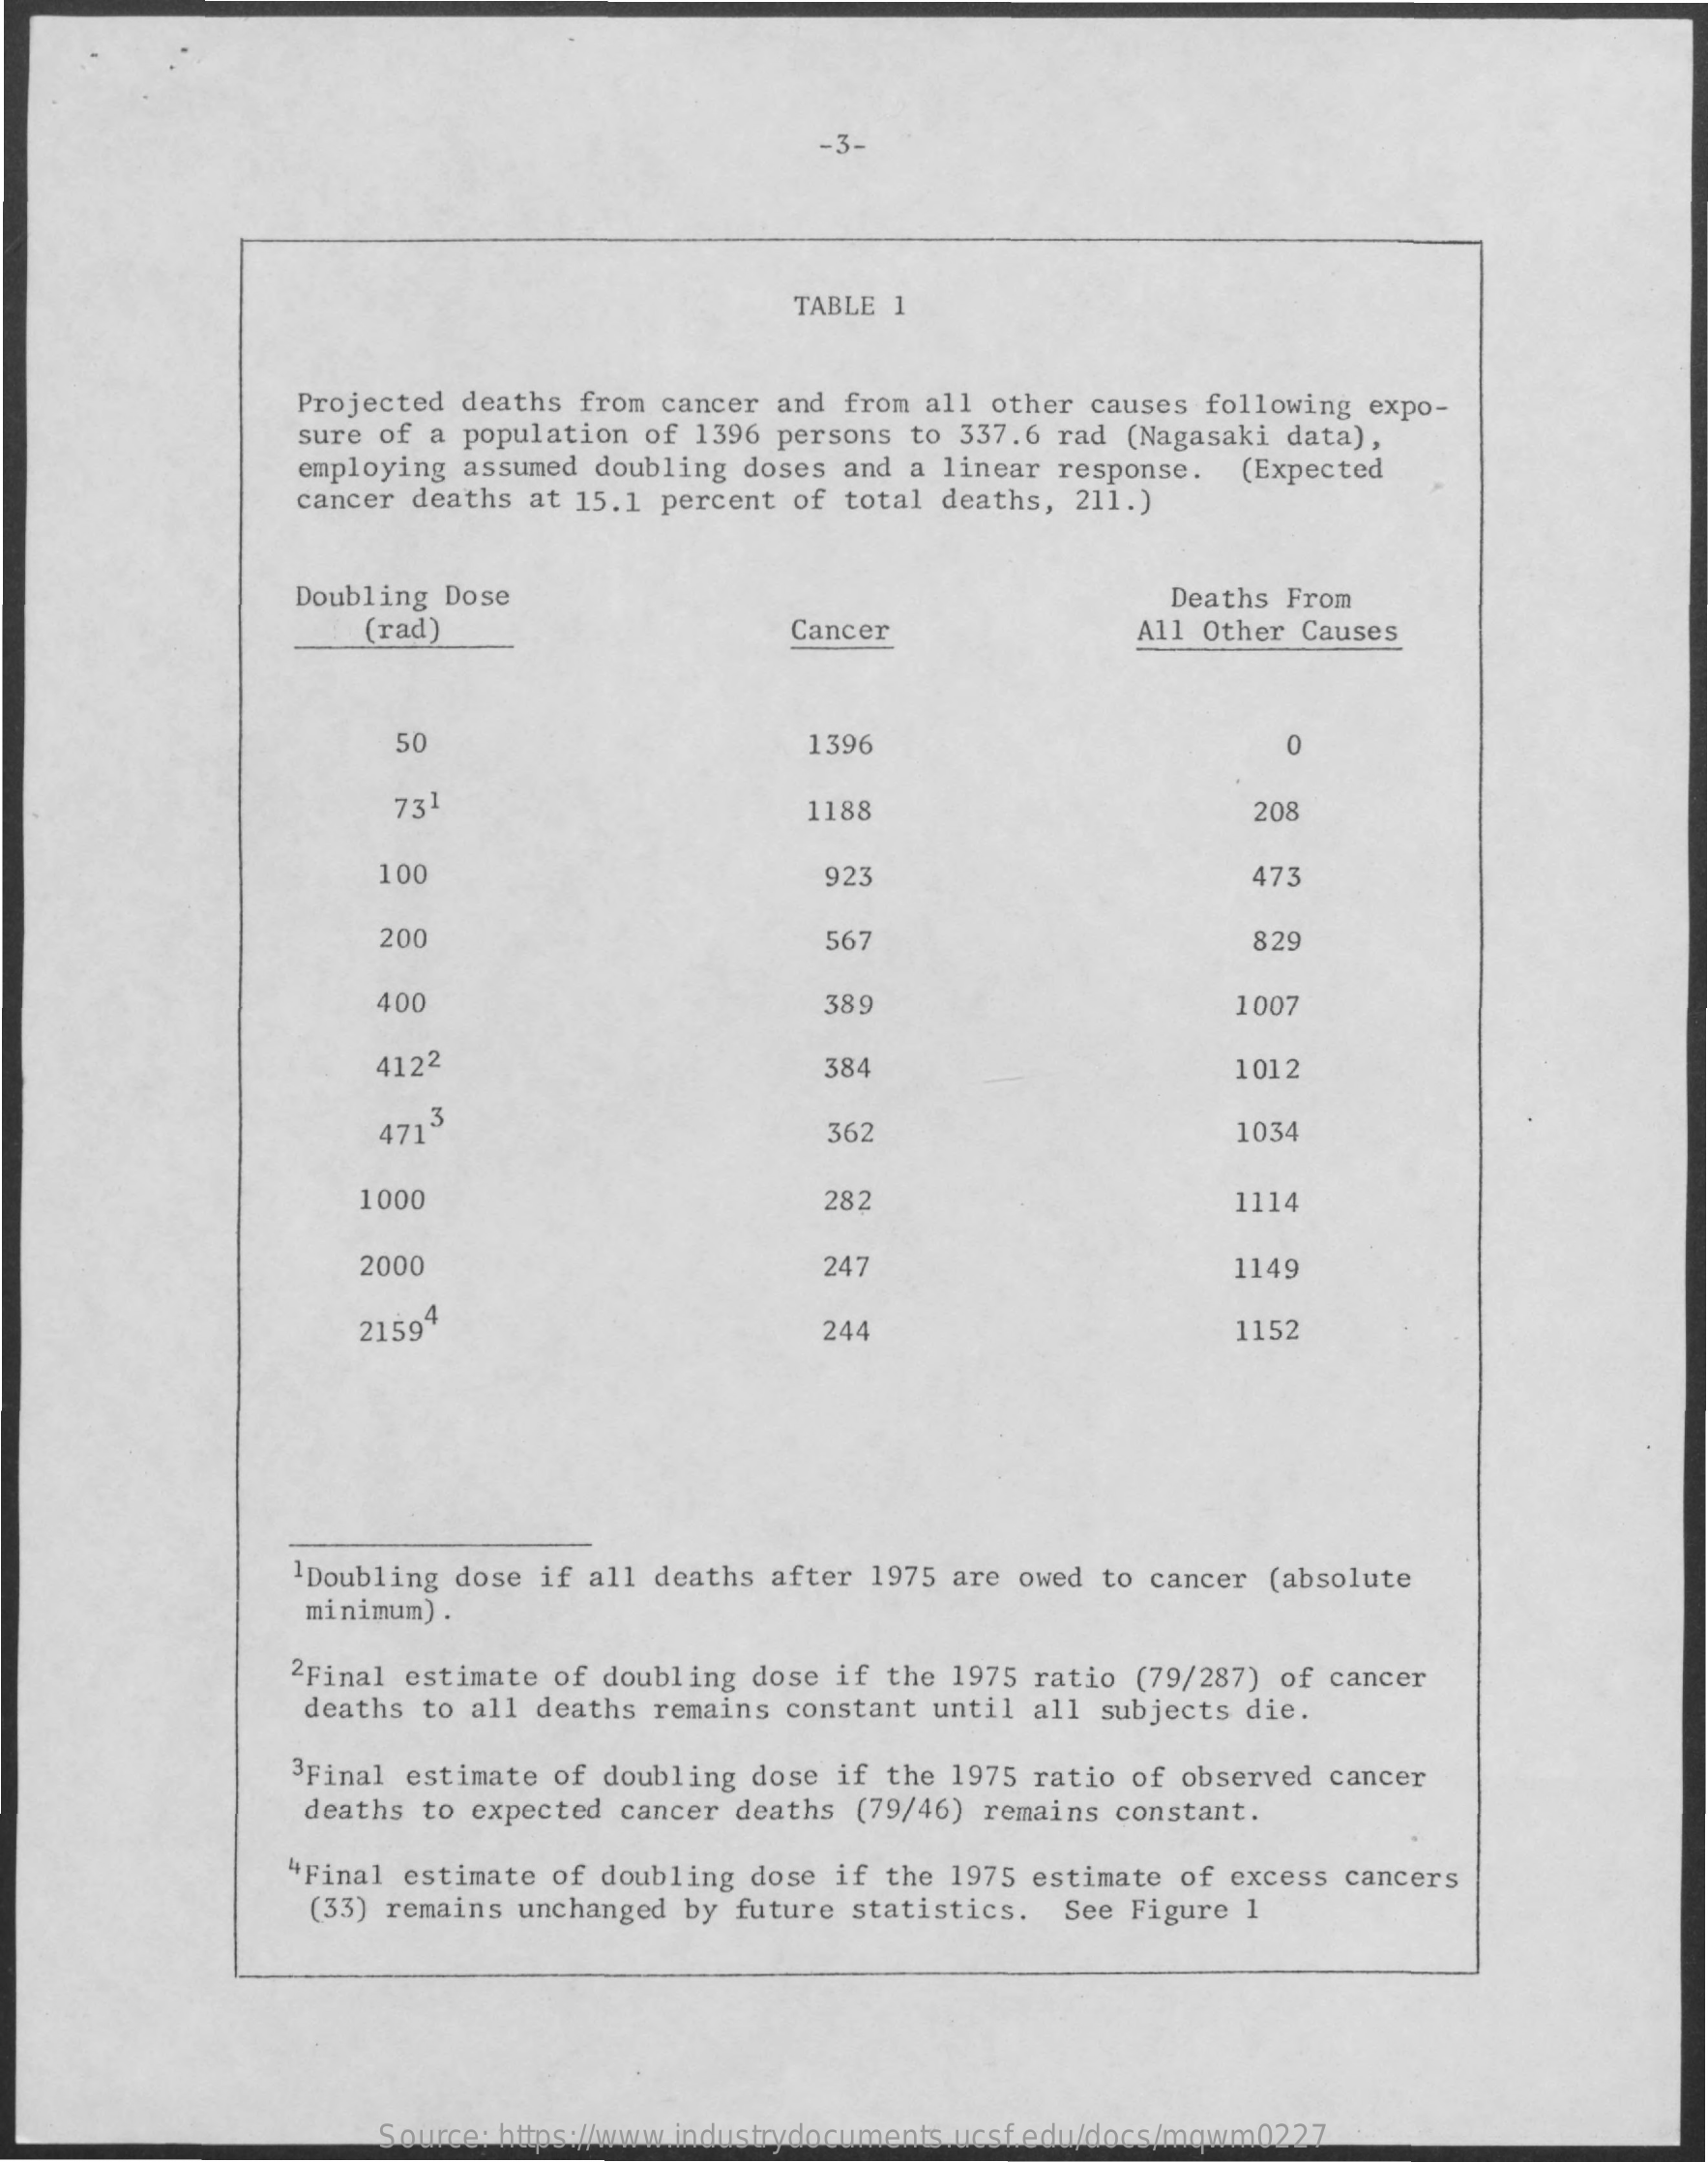
-3-
     TABLE 1
     Projected deaths from cancer and from all other causes following expo-
     sure of a population of 1396 persons to 337.6 rad (Nagasaki data),
     employing assumed doubling doses and a linear response.
     cancer deaths at 15.1 percent of total deaths, 211.)
     (Expected
     Doubling Dose    Deaths From
     (rad)    Cancer    All Other Causes
     50    1396    0
     731    1188    208
     100    923    473
     200    567    829
     400    389    1007
     4122    384    1012
     ,3 471    362    1034
     1000    282    1114
     2000    247    1149
     21594    244    1152
     1Doubling dose if all deaths after 1975 are owed to cancer (absolute
     minimum) .
     2Final estimate of doubling dose if the 1975 ratio (79/287) of cancer
     deaths to all deaths remains constant until all subjects die.
     3Final estimate of doubling dose if the 1975 ratio of observed cancer
     deaths to expected cancer deaths (79/46) remains constant.
     "Final estimate of doubling dose if the 1975 estimate of excess cancers
     (33) remains unchanged by future statistics. See Figure 1
     Source: https://www.industrydocuments.ucsf.edu/docs/mqwm0227